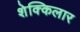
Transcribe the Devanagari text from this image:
शेक्किलार